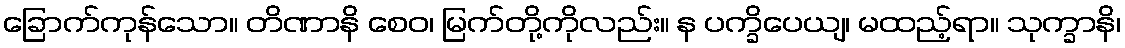
ခြောက်ကုန်သော။ တိဏာနိ စေဝ၊ မြက်တို့ကိုလည်း။ န ပက္ခိပေယျ၊ မထည့်ရာ။ သုက္ခာနိ၊